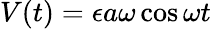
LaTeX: V(t)=\epsilon a\omega\cos\omega t